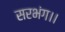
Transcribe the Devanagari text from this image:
सरभंग।।